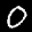
Label: 0